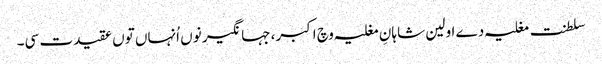
سلطنت مغلیہ دے اولین شاہانِ مغلیہ وچ اکبر، جہانگیر نو‏‏ں اُنہاں تو‏ں عقیدت سی۔